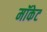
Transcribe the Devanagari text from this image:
मॉकेट